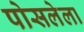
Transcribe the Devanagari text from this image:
पोसलेला